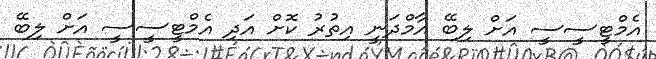
އެމްޓީސީސީ އަށް ލިބޭ އާމްދަނީ އިތުރު ކޮށް އަދި އެމްޓީސީސީ އަށް ލިބޭ